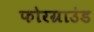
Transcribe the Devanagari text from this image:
फोरग्राउंड